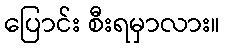
ပြောင်း စီးရမှာလား။